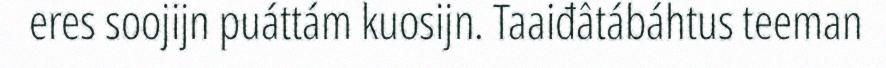
eres soojijn puáttám kuosijn. Taaiđâtábáhtus teeman